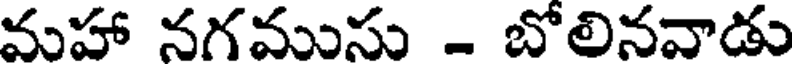
మహా నగముసు - బోలినవాడు